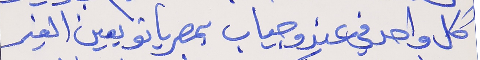
كل واحد في عندو جياب      بمصرياتو يعين الغير